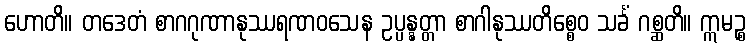
ဟောတိ။ တဒေတံ စာဂဂုဏာနုဿရဏဝသေန ဥပ္ပန္နတ္တာ စာဂါနုဿတိစ္စေဝ သင်္ခံ ဂစ္ဆတိ။ ဣမဉ္စ